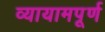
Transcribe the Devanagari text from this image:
व्यायामपूर्ण